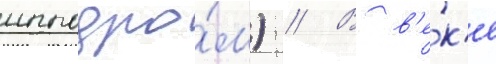
ипподро́м) // В в'е́к'е